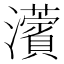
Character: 𤄠